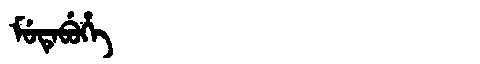
Manchu: ᠮᡠᡨᡝᠪᡠᡥᡝ
Romanization: MUTEBUHE